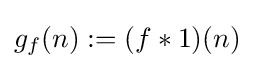
g_{f}(n):=(f\ast 1)(n)